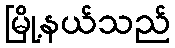
မြို့နယ်သည်